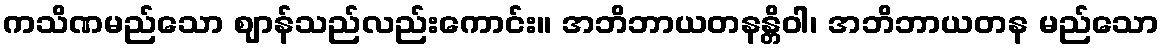
ကသိဏမည်သော ဈာန်သည်လည်းကောင်း။ အဘိဘာယတနန္တိဝါ၊ အဘိဘာယတန မည်သော